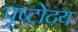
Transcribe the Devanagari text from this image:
पृष्टोदय